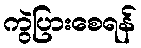
ကွဲပြားစေရန်